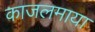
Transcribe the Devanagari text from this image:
काजलमाया